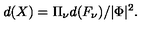
d ( X ) = { \Pi } _ { \nu } d ( F _ { \nu } ) / | \Phi | ^ { 2 } .